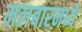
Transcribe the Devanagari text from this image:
मलबारमध्ये